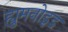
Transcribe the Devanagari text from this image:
ह्युमनोइड